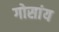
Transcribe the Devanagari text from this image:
गोसांय